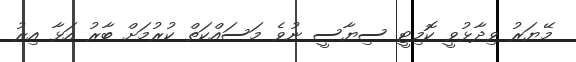
މޭޔަރު ވިދާޅުވީ ކޮމިޓީ ސިޔާސީ ނުވެ މަސައްކަތް ކުރުމަށް ބާރު އަޅާ އިރު